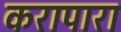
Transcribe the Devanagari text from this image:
करापारा